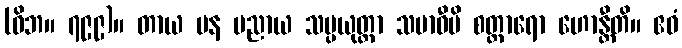
(ဝိဘ။ ၇၉၉)။ တာယ ပန ပညာယ သမ္ပယုတ္တာ သမာဓီပိ စတ္တာရော ဟောန္တီတိ။ ဧဝံ